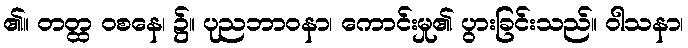
၏။ တတ္ထ ဝစနေ၊ ၌။ ပုညဘာဝနာ၊ ကောင်းမှု၏ ပွားခြင်းသည်။ ဝါသနာ၊